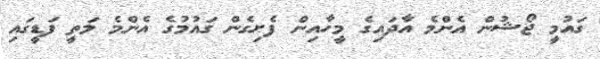
ގައުމީ ޖޯޝުން އެންމެ އާދައިގެ މީހާއިން ފެށިގެން ގައުމުގެ އެންމެ މަތީ ފަޑީގައި